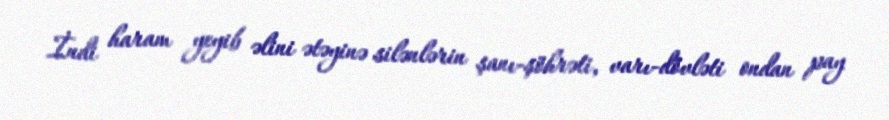
İndi haram yeyib əlini ətəyinə silənlərin şanı-şöhrəti, varı-dövləti ondan pay